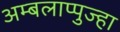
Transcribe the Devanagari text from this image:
अम्बलाप्पुज्हा